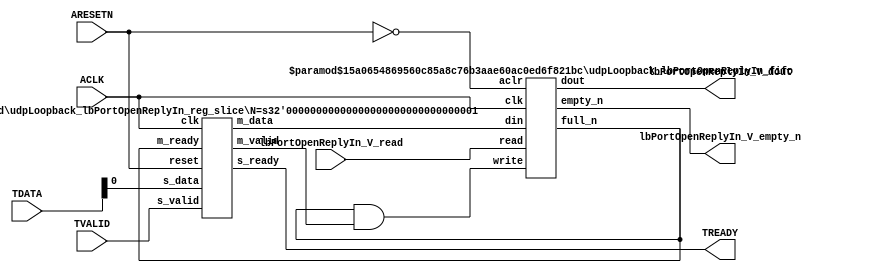
// This program was cloned from: https://github.com/mustafabbas/ECE1373_2016_hft_on_fpga
// License: MIT License

// ==============================================================
// File generated by Vivado(TM) HLS - High-Level Synthesis from C, C++ and SystemC
// Version: 2016.3
// Copyright (C) 1986-2016 Xilinx, Inc. All Rights Reserved.
// 
// ==============================================================


`timescale 1ns/1ps

module udpLoopback_lbPortOpenReplyIn_if (
    // AXI4-Stream singals
    input  wire       ACLK,
    input  wire       ARESETN,
    input  wire       TVALID,
    output wire       TREADY,
    input  wire [7:0] TDATA,
    // User signals
    output wire [0:0] lbPortOpenReplyIn_V_dout,
    output wire       lbPortOpenReplyIn_V_empty_n,
    input  wire       lbPortOpenReplyIn_V_read
);
//------------------------Local signal-------------------
// FIFO
wire [0:0] fifo_write;
wire [0:0] fifo_full_n;
wire [0:0] lbPortOpenReplyIn_V_din;
wire [0:0] lbPortOpenReplyIn_V_full_n;
// register slice
wire [0:0] s_valid;
wire [0:0] s_ready;
wire [0:0] s_data;
wire [0:0] m_valid;
wire [0:0] m_ready;
wire [0:0] m_data;

//------------------------Instantiation------------------
// rs
udpLoopback_lbPortOpenReplyIn_reg_slice #(
    .N       ( 1 )
) rs (
    .clk     ( ACLK ),
    .reset   ( ARESETN ),
    .s_data  ( s_data ),
    .s_valid ( s_valid ),
    .s_ready ( s_ready ),
    .m_data  ( m_data ),
    .m_valid ( m_valid ),
    .m_ready ( m_ready )
);

// lbPortOpenReplyIn_V_fifo
udpLoopback_lbPortOpenReplyIn_fifo #(
    .DATA_BITS  ( 1 ),
    .DEPTH_BITS ( 4 )
) lbPortOpenReplyIn_V_fifo (
    .clk        ( ACLK ),
    .aclr       ( ~ARESETN ),
    .empty_n    ( lbPortOpenReplyIn_V_empty_n ),
    .full_n     ( lbPortOpenReplyIn_V_full_n ),
    .read       ( lbPortOpenReplyIn_V_read ),
    .write      ( fifo_write ),
    .dout       ( lbPortOpenReplyIn_V_dout ),
    .din        ( lbPortOpenReplyIn_V_din )
);

//------------------------Body---------------------------
//++++++++++++++++++++++++AXI4-Stream++++++++++++++++++++
assign TREADY = s_ready;

//+++++++++++++++++++++++++++++++++++++++++++++++++++++++

//++++++++++++++++++++++++Reigister Slice++++++++++++++++
assign s_valid = TVALID;
assign m_ready = fifo_full_n;
assign s_data  = {TDATA[0:0]};

//+++++++++++++++++++++++++++++++++++++++++++++++++++++++

//++++++++++++++++++++++++FIFO+++++++++++++++++++++++++++
assign fifo_write              = fifo_full_n & m_valid;
assign lbPortOpenReplyIn_V_din = m_data[0:0];
assign fifo_full_n             = lbPortOpenReplyIn_V_full_n;

//+++++++++++++++++++++++++++++++++++++++++++++++++++++++

endmodule



`timescale 1ns/1ps

module udpLoopback_lbPortOpenReplyIn_fifo
#(parameter
    DATA_BITS  = 8,
    DEPTH_BITS = 4
)(
    input  wire                 clk,
    input  wire                 aclr,
    output wire                 empty_n,
    output wire                 full_n,
    input  wire                 read,
    input  wire                 write,
    output wire [DATA_BITS-1:0] dout,
    input  wire [DATA_BITS-1:0] din
);
//------------------------Parameter----------------------
localparam
    DEPTH = 1 << DEPTH_BITS;
//------------------------Local signal-------------------
reg                   empty;
reg                   full;
reg  [DEPTH_BITS-1:0] index;
reg  [DATA_BITS-1:0]  mem[0:DEPTH-1];
//------------------------Body---------------------------
assign empty_n = ~empty;
assign full_n  = ~full;
assign dout    = mem[index];

// empty
always @(posedge clk or posedge aclr) begin
    if (aclr)
        empty <= 1'b1;
    else if (empty & write & ~read)
        empty <= 1'b0;
    else if (~empty & ~write & read & (index==1'b0))
        empty <= 1'b1;
end

// full
always @(posedge clk or posedge aclr) begin
    if (aclr)
        full <= 1'b0;
    else if (full & read & ~write)
        full <= 1'b0;
    else if (~full & ~read & write & (index==DEPTH-2'd2))
        full <= 1'b1;
end

// index
always @(posedge clk or posedge aclr) begin
    if (aclr)
        index <= {DEPTH_BITS{1'b1}};
    else if (~empty & ~write & read)
        index <= index - 1'b1;
    else if (~full & ~read & write)
        index <= index + 1'b1;
end

// mem
always @(posedge clk) begin
    if (~full & write) mem[0] <= din;
end

genvar i;
generate
    for (i = 1; i < DEPTH; i = i + 1) begin : gen_sr
        always @(posedge clk) begin
            if (~full & write) mem[i] <= mem[i-1];
        end
    end
endgenerate

endmodule

`timescale 1ns/1ps

module udpLoopback_lbPortOpenReplyIn_reg_slice
#(parameter
    N = 8   // data width
) (
    // system signals
    input  wire         clk,
    input  wire         reset,
    // slave side
    input  wire [N-1:0] s_data,
    input  wire         s_valid,
    output wire         s_ready,
    // master side
    output wire [N-1:0] m_data,
    output wire         m_valid,
    input  wire         m_ready
);
//------------------------Parameter----------------------
// state
localparam [1:0]
    ZERO = 2'b10,
    ONE  = 2'b11,
    TWO  = 2'b01;
//------------------------Local signal-------------------
reg  [N-1:0] data_p1;
reg  [N-1:0] data_p2;
wire         load_p1;
wire         load_p2;
wire         load_p1_from_p2;
reg          s_ready_t;
reg  [1:0]   state;
reg  [1:0]   next;
//------------------------Body---------------------------
assign s_ready = s_ready_t;
assign m_data  = data_p1;
assign m_valid = state[0];

assign load_p1 = (state == ZERO && s_valid) ||
                 (state == ONE && s_valid && m_ready) ||
                 (state == TWO && m_ready);
assign load_p2 = s_valid & s_ready;
assign load_p1_from_p2 = (state == TWO);

// data_p1
always @(posedge clk) begin
    if (load_p1) begin
        if (load_p1_from_p2)
            data_p1 <= data_p2;
        else
            data_p1 <= s_data;
    end
end

// data_p2
always @(posedge clk) begin
    if (load_p2) data_p2 <= s_data;
end

// s_ready_t
always @(posedge clk) begin
    if (~reset)
        s_ready_t <= 1'b0;
    else if (state == ZERO)
        s_ready_t <= 1'b1;
    else if (state == ONE && next == TWO)
        s_ready_t <= 1'b0;
    else if (state == TWO && next == ONE)
        s_ready_t <= 1'b1;
end

// state
always @(posedge clk) begin
    if (~reset)
        state <= ZERO;
    else
        state <= next;
end

// next
always @(*) begin
    case (state)
        ZERO:
            if (s_valid & s_ready)
                next = ONE;
            else
                next = ZERO;
        ONE:
            if (~s_valid & m_ready)
                next = ZERO;
            else if (s_valid & ~m_ready)
                next = TWO;
            else
                next = ONE;
        TWO:
            if (m_ready)
                next = ONE;
            else
                next = TWO;
        default:
            next = ZERO;
    endcase
end

endmodule